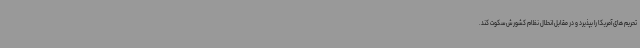
تحریم های آمریکا را بپذیرد و در مقابل انحلال نظام کشورش سکوت کند.